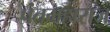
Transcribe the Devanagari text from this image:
पंतमहाराज